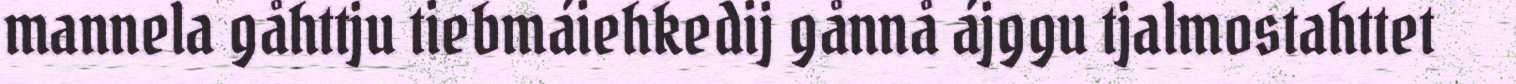
mannela gåhttju tiebmáiehkedij gånnå ájggu tjalmostahttet